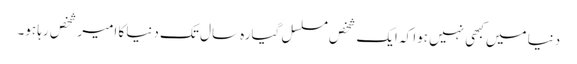
دنیا میں کبھی نہیں ہوا کہ ایک شخص مسلسل گیارہ سال تک دنیا کا امیر شخص رہا ہو۔